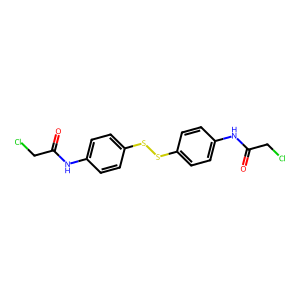
SMILES: O=C(CCl)Nc1ccc(SSc2ccc(NC(=O)CCl)cc2)cc1
Inhibits HIV replication: No